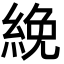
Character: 絻